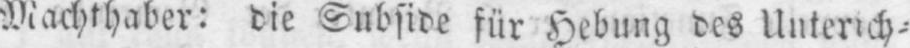
Machthaber: die Subside für Hebung des Unterich⸗